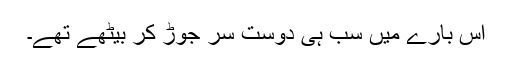
اس بارے میں سب ہی دوست سر جوڑ کر بیٹھے تھے۔